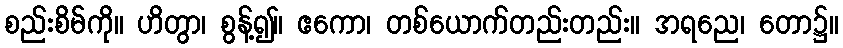
စည်းစိမ်ကို။ ဟိတွာ၊ စွန့်၍။ ဧကော၊ တစ်ယောက်တည်းတည်း။ အရညေ၊ တော၌။